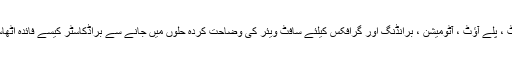
IBC2019 پر ، پکسل پاور پروڈکٹ ، پلے آؤٹ ، آٹومیشن ، برانڈنگ اور گرافکس کیلئے سافٹ ویئر کی وضاحت کردہ حلوں میں جانے سے براڈکاسٹر کیسے فائدہ اٹھاسکتے ہیں۔